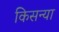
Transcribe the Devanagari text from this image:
किसन्या